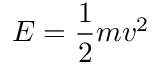
E = { \frac { 1 } { 2 } } m v ^ { 2 }